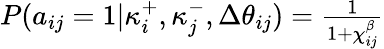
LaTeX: \begin{array}{r}{P(a_{ij}=1|\kappa_{i}^{+},\kappa_{j}^{-},\Delta\theta_{ij})=\frac{1}{1+\chi_{ij}^{\beta}}}\end{array}